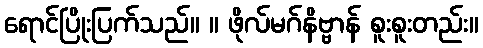
ရောင်ပြိုးပြက်သည်။ ။ ဖိုလ်မဂ်နိဗ္ဗာန် စူးစူးတည်း။